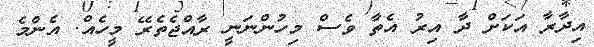
އިދާރާ އަކަށް ދާ އިރު އެތާ ވެސް މިހުންނަނީ ރާއްޖެތެރޭ މީހެއް. އެންމެ